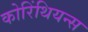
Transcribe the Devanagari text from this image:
कोरिंथियन्स